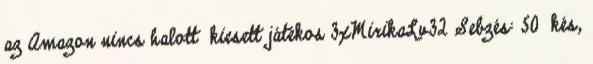
az Amazon nincs halott kiesett játékos 3xMirikaLv32 Sebzés: 50 kés,